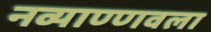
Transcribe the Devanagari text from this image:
नव्याण्णवला